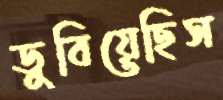
ডুবিয়েছিস